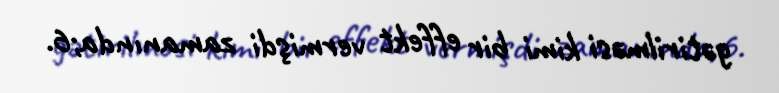
gətirilməsi kimi bir effekt vermişdi zamanında;6.